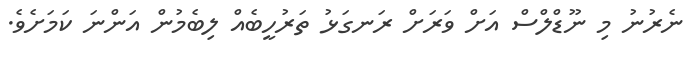
ނެރުނު މި ނޫޑްލްސް އަށް ވަރަށް ރަނގަޅު ތަރުހީބެއް ލިބެމުން އަންނަ ކަމަށެވެ.